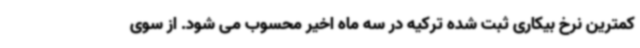
کمترین نرخ بیکاری ثبت شده ترکیه در سه ماه اخیر محسوب می شود. از سوی